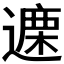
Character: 𫑃